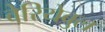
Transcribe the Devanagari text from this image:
वेरियेबुल